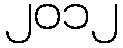
၂၀၁၂